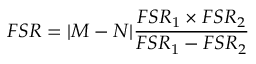
F S R = | M - N | \frac { F S R _ { 1 } \times F S R _ { 2 } } { F S R _ { 1 } - F S R _ { 2 } }